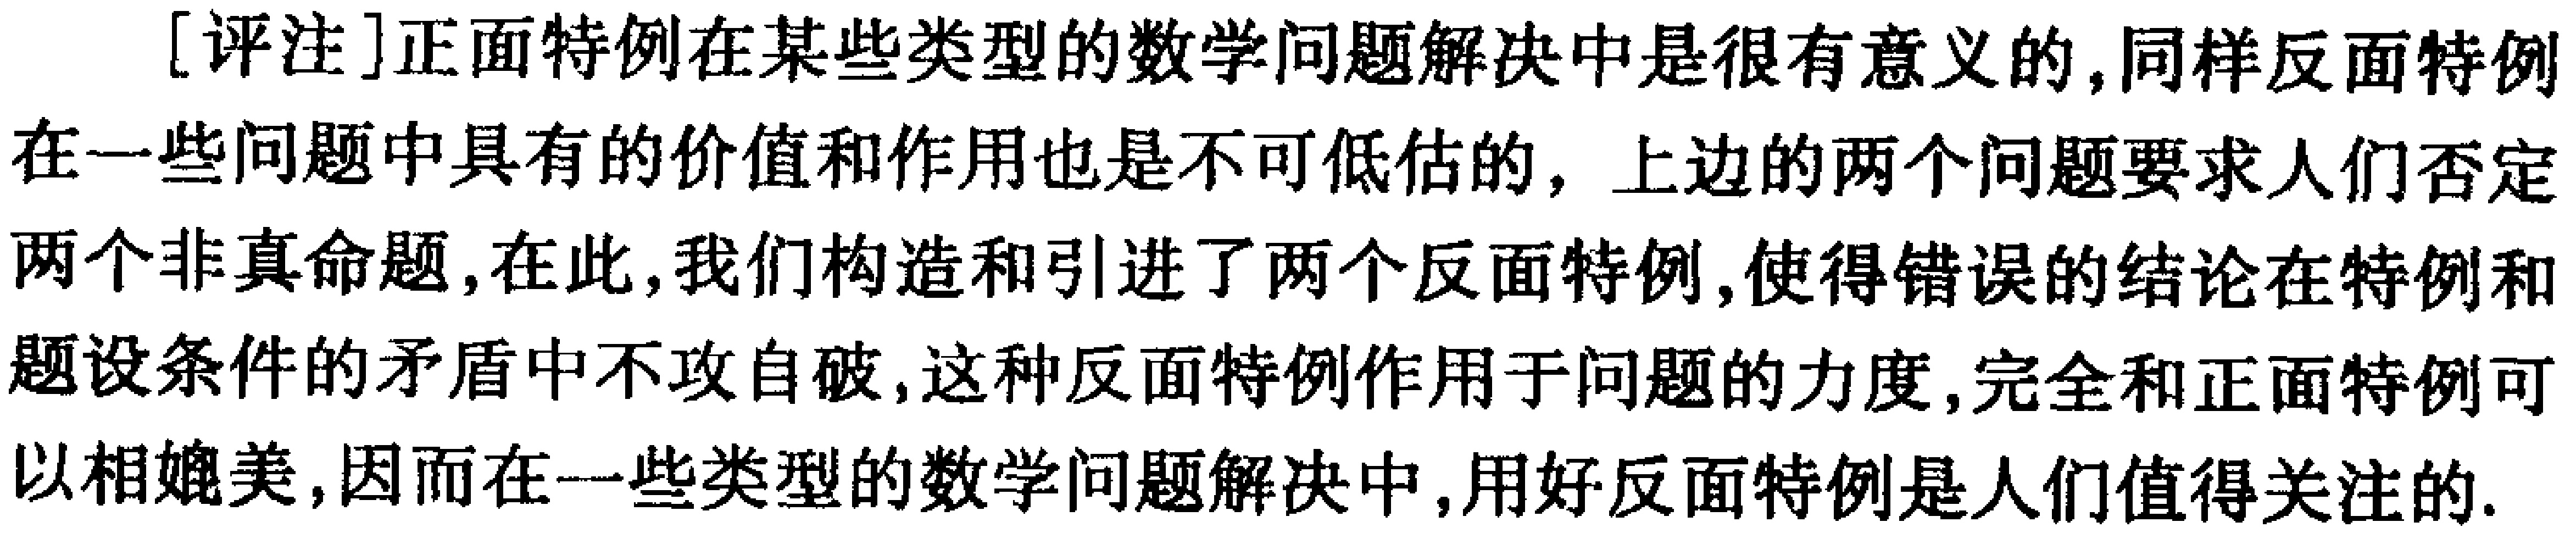
[评注]正面特例在某些类型的数学问题解决中是很有意义的,同样反面特例在一些问题中具有的价值和作用也是不可低估的，上边的两个问题要求人们否定两个非真命题,在此,我们构造和引进了两个反面特例,使得错误的结论在特例和题设条件的矛盾中不攻自破,这种反面特例作用于问题的力度,完全和正面特例可以相媲美,因而在一些类型的数学问题解决中,用好反面特例是人们值得关注的.